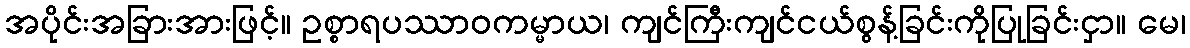
အပိုင်းအခြားအားဖြင့်။ ဥစ္စာရပဿာဝကမ္မာယ၊ ကျင်ကြီးကျင်ငယ်စွန့်ခြင်းကိုပြုခြင်းငှာ။ မေ၊